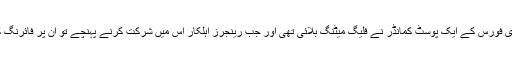
خیال رہے کہ پاکستان سکیورٹی حکام کے مطابق بھارت کی سرحدی فورس کے ایک پوسٹ کمانڈر نے فلیگ میٹنگ بلائی تھی اور جب رینجرز اہلکار اس میں شرکت کرنے پہنچے تو ان پر فائرنگ کر دی گئی اور اس واقعے میں رینجرز کے دو اہلکار ہلاک ہو گئے۔